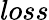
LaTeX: loss